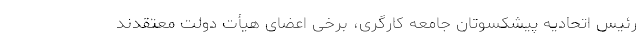
رئیس اتحادیه پیشکسوتان جامعه کارگری، برخی اعضای هیأت دولت معتقدند